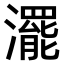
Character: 𤁣